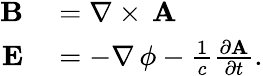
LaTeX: \begin{array}{rl}{\mathbf{B}}&{{}=\nabla\times\, \mathbf{A}}\\ {\mathbf{E}}&{{}=-\nabla\, \mathbf{\phi}-\frac{1}{c}\frac{\partial\mathbf{A}}{\partial t}.}\end{array}